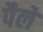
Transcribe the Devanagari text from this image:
पैले